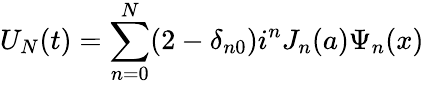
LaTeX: U_{N}(t)=\sum_{n=0}^{N}(2-\delta_{n0})i^{n}J_{n}(a)\Psi_{n}(x)